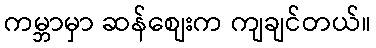
ကမ္ဘာမှာ ဆန်စျေးက ကျချင်တယ်။